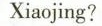
Xiaojing?